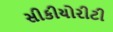
સીકીયોરીટી